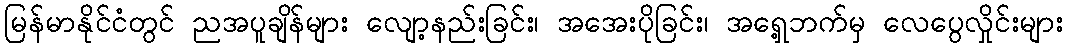
မြန်မာနိုင်ငံတွင် ညအပူချိန်များ လျော့နည်းခြင်း၊ အအေးပိုခြင်း၊ အရှေ့ဘက်မှ လေပွေလှိုင်းများ